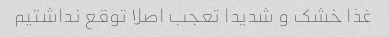
غذا خشک و شدیدا تعجب اصلا توقع نداشتیم